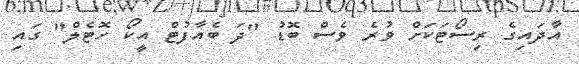
އާދައިގެ ރިސޯޓަކަށް ވުރެ ވެސް ބޮޑު "ދަ ބެއާފުޓް އީކޯ ހޮޓެލް" ގައި